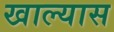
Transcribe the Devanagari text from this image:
खाल्यास